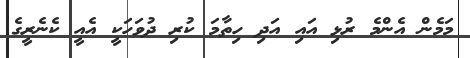
މަމެން އެންމެ ރުޅި އައި އަދި ހިތާމަ ކުރި ދުވަހަކީ އެއީ ކެނެރީގެ